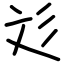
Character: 彣